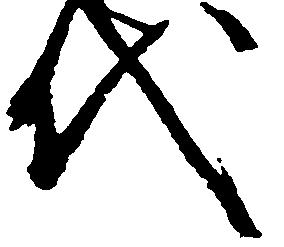
代